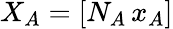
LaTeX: X_{A}=[N_{A}\, x_{A}]